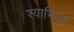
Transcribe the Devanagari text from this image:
श्यामिनी